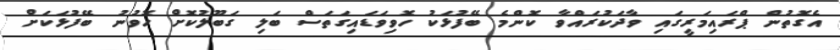
އެގޮތުން ޕްރައިމަރީގައި ވާދަކުރައްވާ ކޮންމެ ބޭފުޅަކު ހޮވިވަޑައިގަތަސް ބަލި ގަބޫލުކޮށް ހޮވުނު ބޭފުޅަކަށް